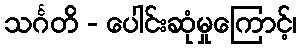
သင်္ဂတိ - ပေါင်းဆုံမှုကြောင့်၊